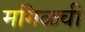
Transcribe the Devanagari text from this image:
मगिळ्ची